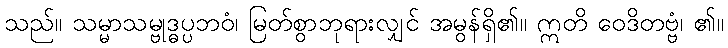
သည်။ သမ္မာသမ္ဗုဒ္ဓပ္ပဘဝံ၊ မြတ်စွာဘုရားလျှင် အမွန်ရှိ၏။ ဣတိ ဝေဒိတဗ္ဗံ၊ ၏။